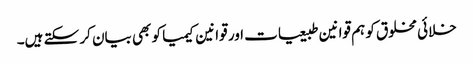
خلائی مخلوق کو ہم قوانین طبیعیات اور قوانین کیمیا کو بھی بیان کر سکتے ہیں۔